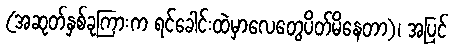
(အဆုတ်နှစ်ခုကြားက ရင်ခေါင်းထဲမှာလေတွေပိတ်မိနေတာ)၊ အပြင်